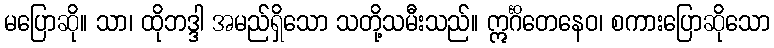
မပြောဆို။ သာ၊ ထိုဘဒ္ဒါ အမည်ရှိသော သတို့သမီးသည်။ ဣင်္ဂိတေနေဝ၊ စကားပြောဆိုသော